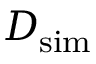
D _ { \mathrm { s i m } }